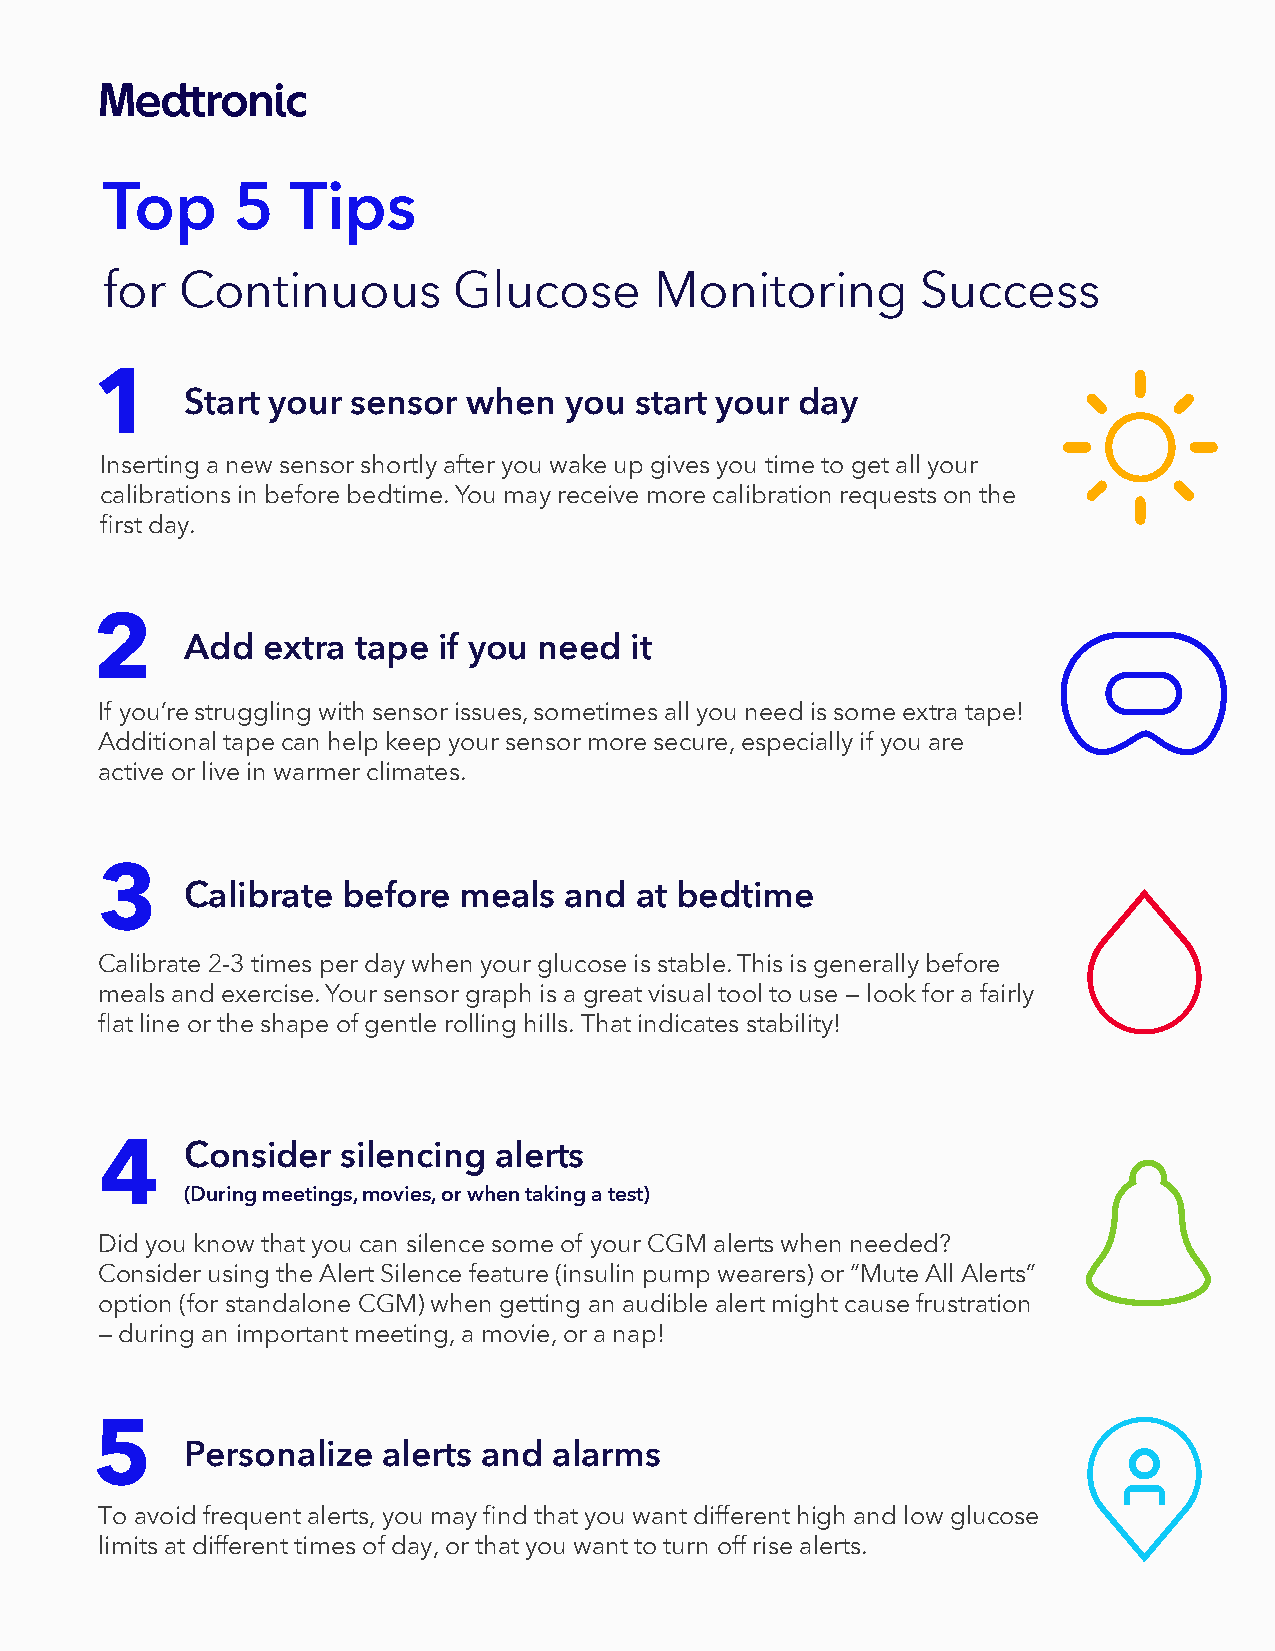
Top     5   Tips
 for  Continuous        Glucose      Monitoring        Success
 1
 Start your sensor  when  you  start your day
 Inserting a new sensor shortly after you wake up gives you time to get all your
 calibrations in before bedtime. You may receive more calibration requests on the
 first day.
 2     Add  extra tape  if you need  it
 If you’re struggling with sensor issues, sometimes all you need is some extra tape!
 Additional tape can help keep your sensor more secure, especially if you are
 active or live in warmer climates.
 3     Calibrate  before meals  and  at bedtime
 Calibrate 2-3 times per day when your glucose is stable. This is generally before
 meals and exercise. Your sensor graph is a great visual tool to use — look for a fairly
 flat line or the shape of gentle rolling hills. That indicates stability!
 Consider   silencing alerts
 4
 (During meetings, movies, or when taking a test)
 Did you know that you can silence some of your CGM alerts when needed?
 Consider using the Alert Silence feature (insulin pump wearers) or “Mute All Alerts”
 option (for standalone CGM) when getting an audible alert might cause frustration
 — during an important meeting, a movie, or a nap!
 5
 Personalize  alerts and  alarms
 To avoid frequent alerts, you may find that you want different high and low glucose
 limits at different times of day, or that you want to turn off rise alerts.